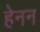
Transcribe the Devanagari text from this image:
हेनन